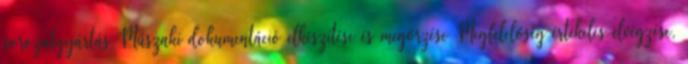
sorozatgyártás Műszaki dokumentáció elkészítése és megőrzése Megfelelőség értékelés elvégzése,